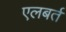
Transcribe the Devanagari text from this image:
एलबर्त